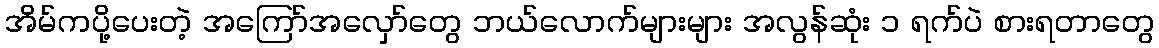
အိမ်ကပို့ပေးတဲ့ အကြော်အလှော်တွေ ဘယ်လောက်များများ အလွန်ဆုံး ၁ ရက်ပဲ စားရတာတွေ